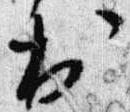
出